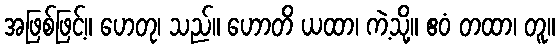
အဖြစ်ဖြင့်။ ဟေတု၊ သည်။ ဟောတိ ယထာ၊ ကဲ့သို့။ ဧဝံ တထာ၊ တူ။